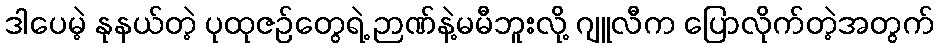
ဒါပေမဲ့ နုနယ်တဲ့ ပုထုဇဉ်တွေရဲ့ ဉာဏ်နဲ့မမီဘူးလို့ ဂျူလီက ပြောလိုက်တဲ့အတွက်